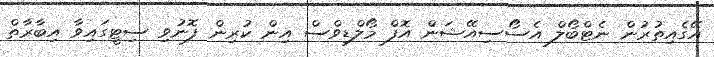
އޭގެއިތުރުން ނެޓްބޯލް އެސޯސިއޭޝަން އޮފް މޯލްޑިވްސް އިން ކުރިން ފޮނުވި ސިޓީގައިވާ އިބާރާތް